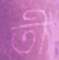
তী